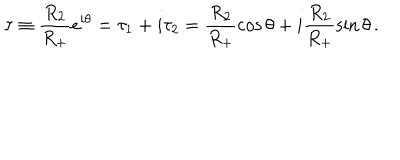
\tau \equiv \frac { R _ { 2 } } { R _ { + } } e ^ { i \theta } = \tau _ { 1 } + i \tau _ { 2 } = \frac { R _ { 2 } } { R _ { + } } \cos \theta + i \frac { R _ { 2 } } { R _ { + } } \sin \theta \, .